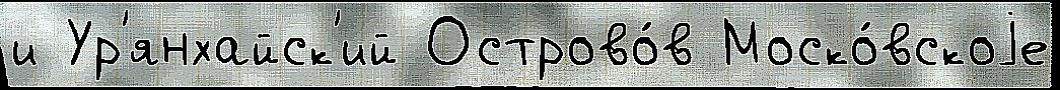
и Ур'янхайск'ий Острово́в Моско́вскоjе